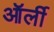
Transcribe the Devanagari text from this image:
ऑर्ली